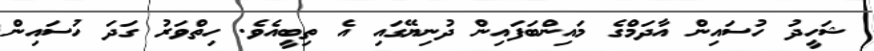
ޝަހީދު ހުސައިން އާދަމްގެ މައިންބަފައިން ދުނިޔޭގައި އެ ތިބީއެވެ. ހިތްވަރު ގަދަ ހުސައިން